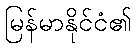
မြန်မာနိုင်ငံ၏